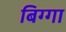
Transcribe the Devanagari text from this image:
बिग्गा